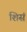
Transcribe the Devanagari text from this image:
शिसं